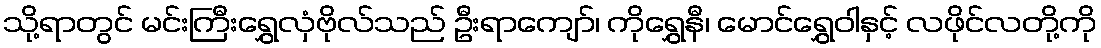
သို့ရာတွင် မင်းကြီးရွှေလှံဗိုလ်သည် ဦးရာကျော်၊ ကိုရွှေနီ၊ မောင်ရွှေဝါနှင့် လဖိုင်လတို့ကို